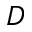
D